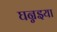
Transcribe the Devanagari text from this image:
घन्नइया